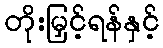
တိုးမြှင့်ရန်နှင့်